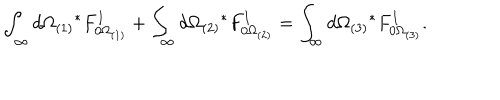
\int _ { \infty } d \Omega _ { ( 1 ) } { } ^ { * } F _ { 0 \Omega _ { ( 1 ) } } ^ { I } + \int _ { \infty } d \Omega _ { ( 2 ) } { } ^ { * } F _ { 0 \Omega _ { ( 2 ) } } ^ { I } = \int _ { \infty } d \Omega _ { ( 3 ) } { } ^ { * } F _ { 0 \Omega _ { ( 3 ) } } ^ { I } .